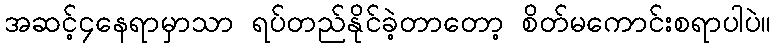
အဆင့်၄နေရာမှာသာ ရပ်တည်နိုင်ခဲ့တာတော့ စိတ်မကောင်းစရာပါပဲ။